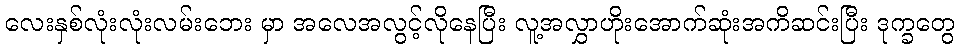
လေးနှစ်လုံးလုံးလမ်းဘေး မှာ အလေအလွင့်လိုနေပြီး လူ့အလွှာဟိုးအောက်ဆုံးအကိဆင်းပြီး ဒုက္ခတွေ